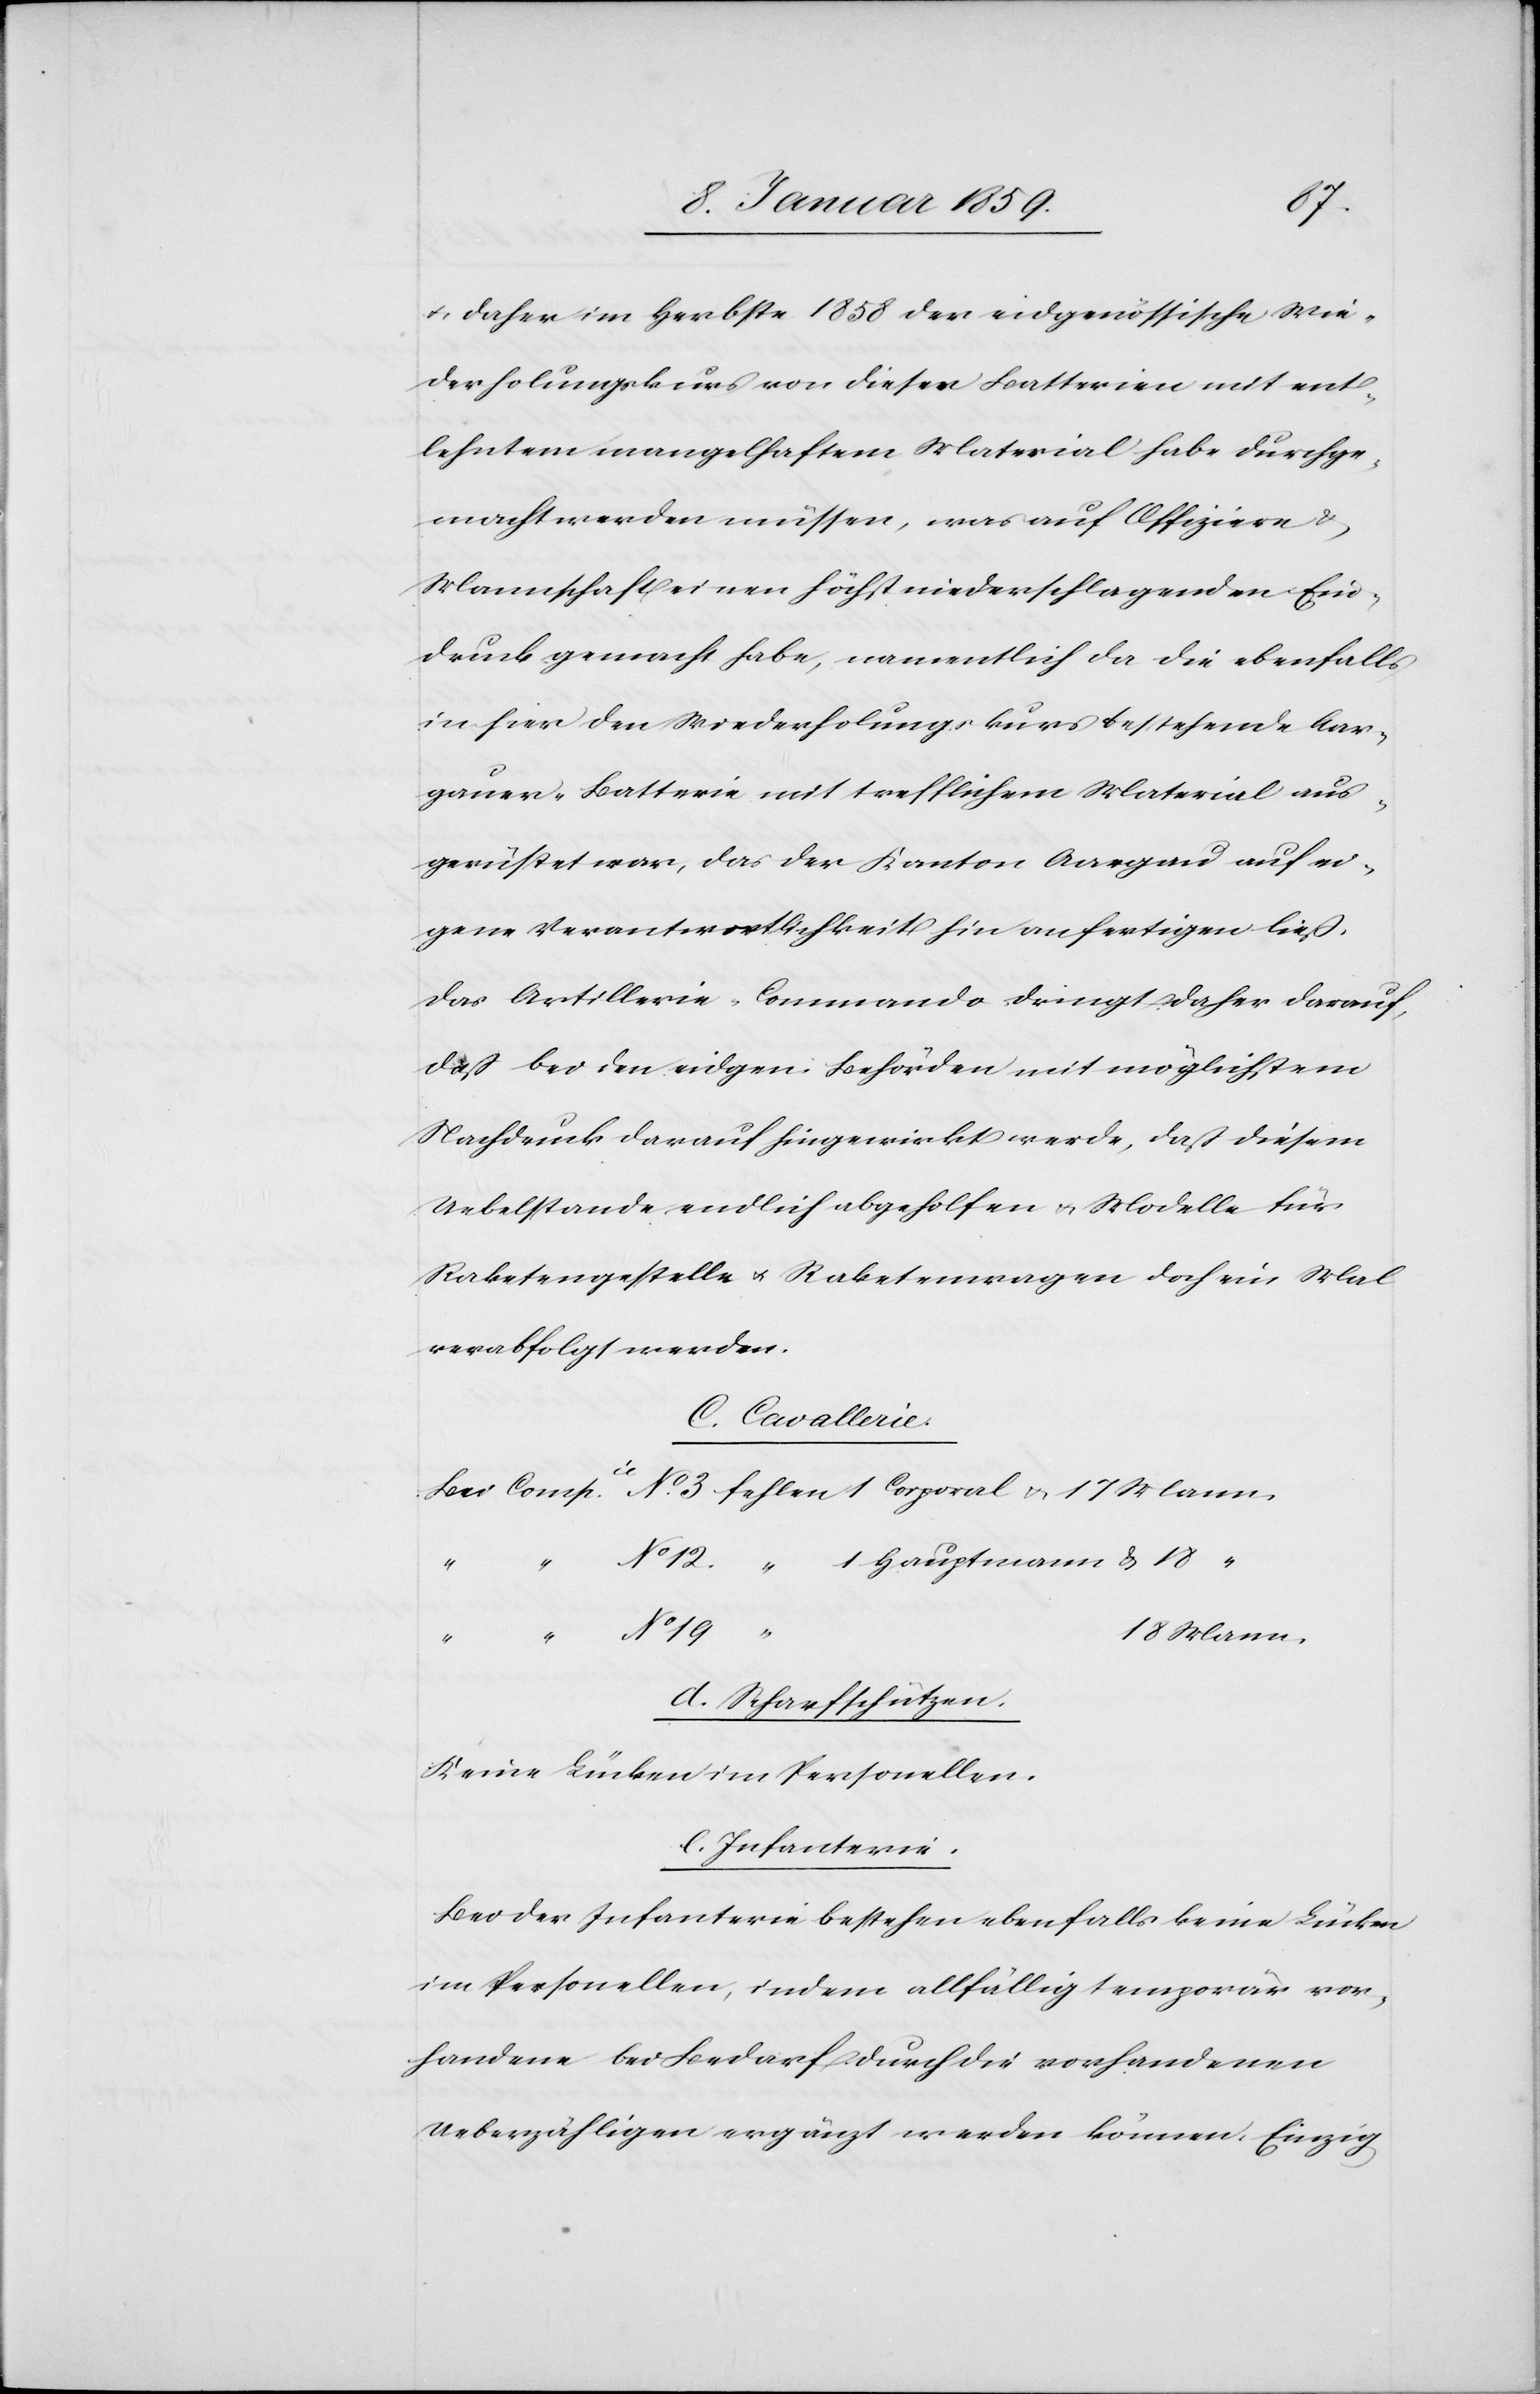
17
u. daher im Herbste 1858 der eidgenössische Wie¬
derholungskurs von diesen Batterien mit ent¬
lehntem mangelhaftem Material habe durchge¬
macht werden müssen, was auf Offiziere &
Mannschaft einen höchst niederschlagenden Ein¬
druck gemacht habe, namentlich da die ebenfalls
in hier den Wiederholungskurs bestehende Aar¬
gauer-Batterie mit trefflichem Material aus¬
gerüstet war, das der Kanton Aargau auf ei¬
gene Verantwortlichkeit hin anfertigen ließ.
Das Artillerie-Commando dringt daher darauf,
daß bei den eidgen. Behörden mit möglichstem
Nachdruck darauf hingewirkt werde, daß diesem
Uebelstande endlich abgeholfen u. Modelle für
Raketengestelle u. Raketenwagen doch ein Mal
verabfolgt werden.
c. Cavallerie:
d. Scharfschützen:
Keine Lücken im Personellen.
e. Infanterie:
Bei der Infanterie bestehen ebenfalls keine Lücken
im Personellen, indem allfällig temporär vor¬
handene bei Bedarf durch die vorhandenen
Ueberzähligen ergänzt werden können. Einzig